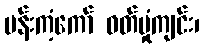
ပန်းကံ့ကော် ဝတ်မှုံကျင်း၊